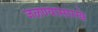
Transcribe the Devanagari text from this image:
जळण्यासारखे